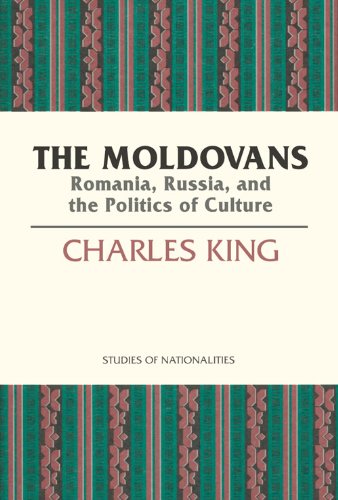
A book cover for The Moldovans: Romania, Russia, and the Politics of Culture (Studies of Nationalities); Charles King; History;